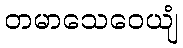
တမာသေဝေယျံ